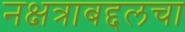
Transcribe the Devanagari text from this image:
नक्षत्राबद्दलचा